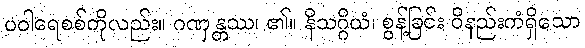
ပဝါရေစစ်ကိုလည်း။ ဂဏှန္တဿ၊ ၏။ နိသဂ္ဂိယံ၊ စွန့်ခြင်း ဝိနည်းကံရှိသော